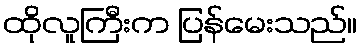
ထိုလူကြီးက ပြန်မေးသည်။